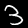
Digit: 3